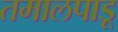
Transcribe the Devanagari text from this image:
तमालपाडू